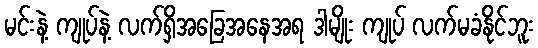
မင်းနဲ့ ကျုပ်နဲ့ လက်ရှိအခြေအနေအရ ဒါမျိုး ကျုပ် လက်မခံနိုင်ဘူး